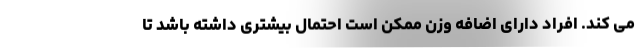
می کند. افراد دارای اضافه وزن ممکن است احتمال بیشتری داشته باشد تا